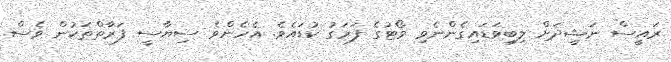
ރައީސް ނަޝީދަށް ލިބިވަޑައިގެންނެވި ވޯޓުގެ ފަރަގު ކުޑައެވެ. އެހެންވެ ސިޔާސީ ފަރާތްތަކުން ވެސް